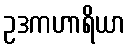
ဥဒကဟာရိယာ